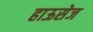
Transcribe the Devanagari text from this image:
हाऊसेज